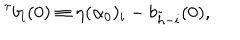
^ { \tau } b _ { i } ( 0 ) \equiv \eta ( \alpha _ { 0 } ) _ { i } - b _ { \tilde { h } - i } ( 0 ) ,